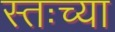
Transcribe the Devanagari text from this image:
स्तःच्या